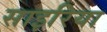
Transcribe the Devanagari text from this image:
साइरिया